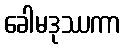
ခေါမဒုဿကာ